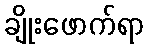
ချိုးဖောက်ရာ